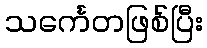
သင်္ကေတဖြစ်ပြီး